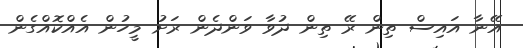
އޭނާ އައިސް ތިން ރޭ ތިން ދުވާ ވަންދެން ރަށު މީހުން އެއްކޮއްގެން